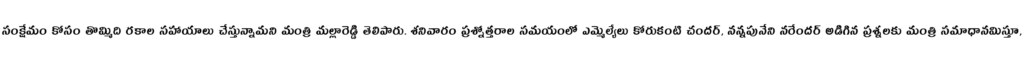
సంక్షేమం కోసం తొమ్మిది రకాల సహాయాలు చేస్తున్నామని మంత్రి మల్లారెడ్డి తెలిపారు. శనివారం ప్రశ్నోత్తరాల సమయంలో ఎమ్మెల్యేలు కోరుకంటి చందర్, నన్నపునేని నరేందర్ అడిగిన ప్రశ్నలకు మంత్రి సమాధానమిస్తూ,